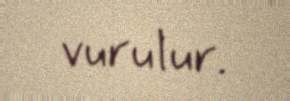
vurulur.